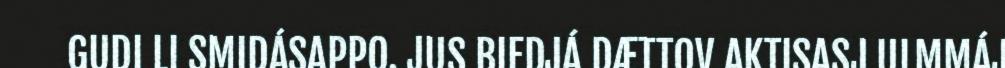
GUDI LI SMIDÁSAPPO. JUS BIEDJÁ DÆTTOV AKTISASJ ULMMÁJ